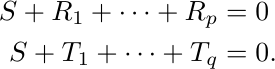
    \begin{align*}
        S+R_1+\dots+R_p&=0 \\
    S+T_1+\dots+T_q&=0.
    \end{align*}